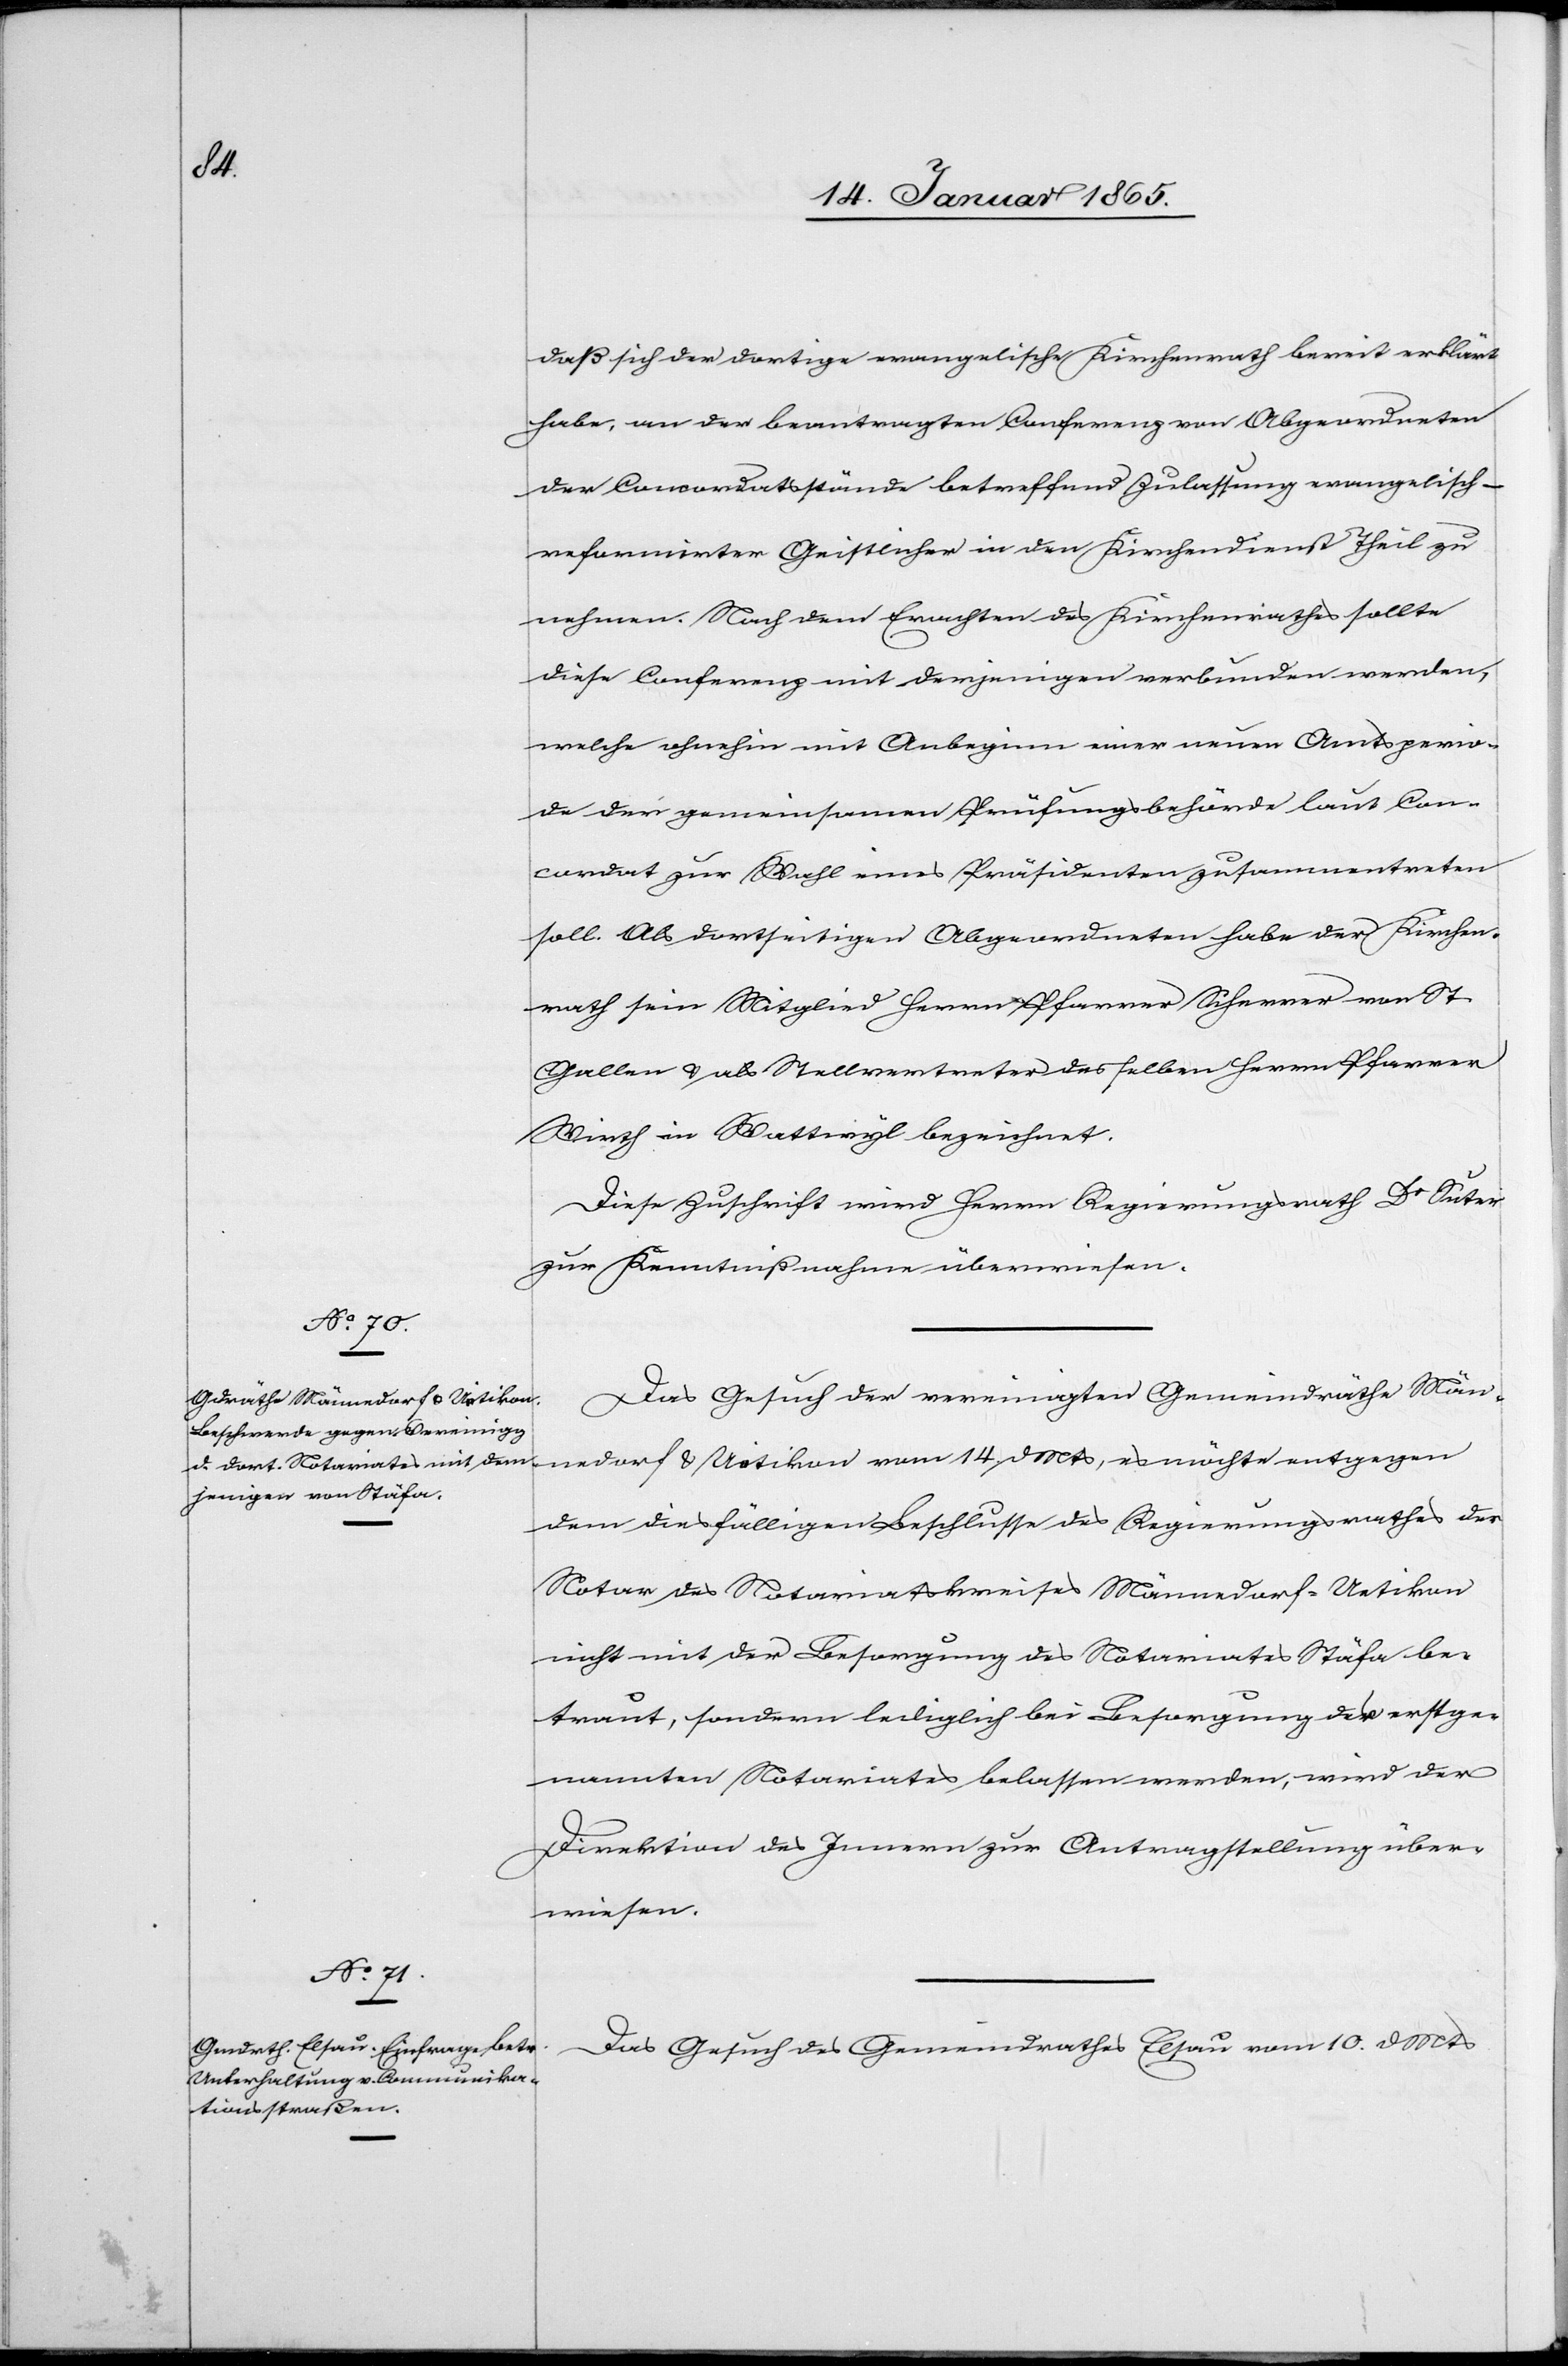
Mts,

16. Januar 1865.]
daß sich der dortige evangelische Kirchenrath bereit erklärt
habe, an der beantragten Conferenz von Abgeordneten
der Concordatsstände betreffend Zulassung evangelisch-r¬
eformirter Geistlicher in den Kirchendienst Theil zu
nehmen. Nach dem Erachten des Kirchenrathes sollte
diese Conferenz mit derjenigen verbunden werden,
welche ohnehin mit Anbeginn einer neuen Amtsperio¬
de der gemeinsamen Prüfungsbehörde laut Con¬
cordat zur Wahl eines Präsidenten zusammentreten
soll. Als dortseitigen Abgeordneten habe der Kirchen¬
rath sein Mitglied Herrn Pfarrer Scherrer von St.
Gallen u. als Stellvertreter desselben Herrn Pfarrer
Wirth in Wattwyl bezeichnet.
Diese Zuschrift wird Herrn Regierungsrath Dr Suter
zur Kenntnißnahme überwiesen.
Das Gesuch der vereinigten Gemeindräthe Män¬
dem diesfälligen Beschlusse des Regierungsrathes des
nicht mit der Besorgung des Notariates Stäfa be¬
traut, sondern lediglich bei Besorgung der erstge¬
nannten Notariates belassen werden, wird der
Direktion des Innern zur Antragstellung über¬
wiesen.
es
Das Gesuch des Gemeindrathes Elsau vom 10. d Mts